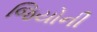
જિયોની